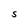
Character: S